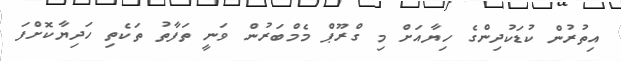
އިތުރުން ކުޑަކުދިންގެ ހިޔާއަށް މި ގްރޫޕް މެމްބަރުން ވަނީ ތަފާތު ތަކެތި ހަދިޔާކޮށްފަ